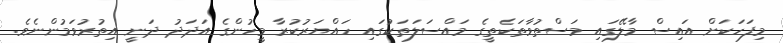
މިފަހަކަށް އައިސް މާލޭގައި މަސްތުވާތަކެތީގެ މައްސަލަތަކުގައި ހައްޔަރުކުރާ މީހުންގެ އަދަދު ދަނީ އިތުުރުވަމުންނެވެ.